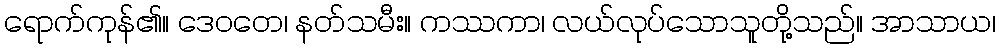
ရောက်ကုန်၏။ ဒေဝတေ၊ နတ်သမီး။ ကဿကာ၊ လယ်လုပ်သောသူတို့သည်။ အာသာယ၊